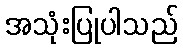
အသုံးပြုပါသည်